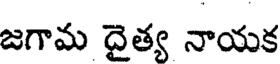
జగామ దైత్య నాయక